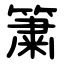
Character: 簘